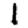
Digit: 1